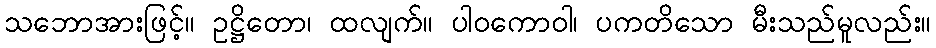
သဘောအားဖြင့်။ ဥဋ္ဌိတော၊ ထလျက်။ ပါဝကောဝါ၊ ပကတိသော မီးသည်မူလည်း။